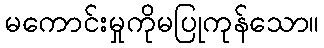
မကောင်းမှုကိုမပြုကုန်သော။